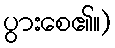
ပွားစေ၏။)